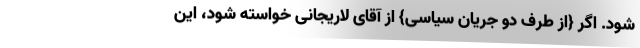
شود. اگر {از طرف دو جریان سیاسی} از آقای لاریجانی خواسته شود، این